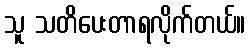
သူ သတိပေးတာရလိုက်တယ်။